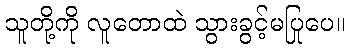
သူတို့ကို လူတောထဲ သွားခွင့်မပြုပေ။